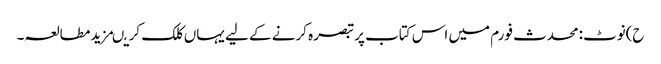
ح)نوٹ:محدث فورم میں اس کتاب پر تبصرہ کرنے کے لیے یہاں کلک کریںمزید مطالعہ۔